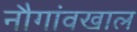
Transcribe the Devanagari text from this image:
नौगांवखाल